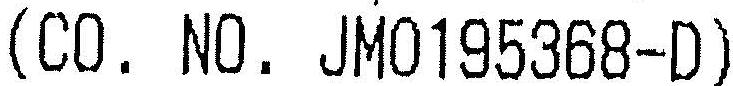
(CO. NO. JM0195368-D)